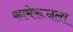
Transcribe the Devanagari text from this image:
कामेरूनला